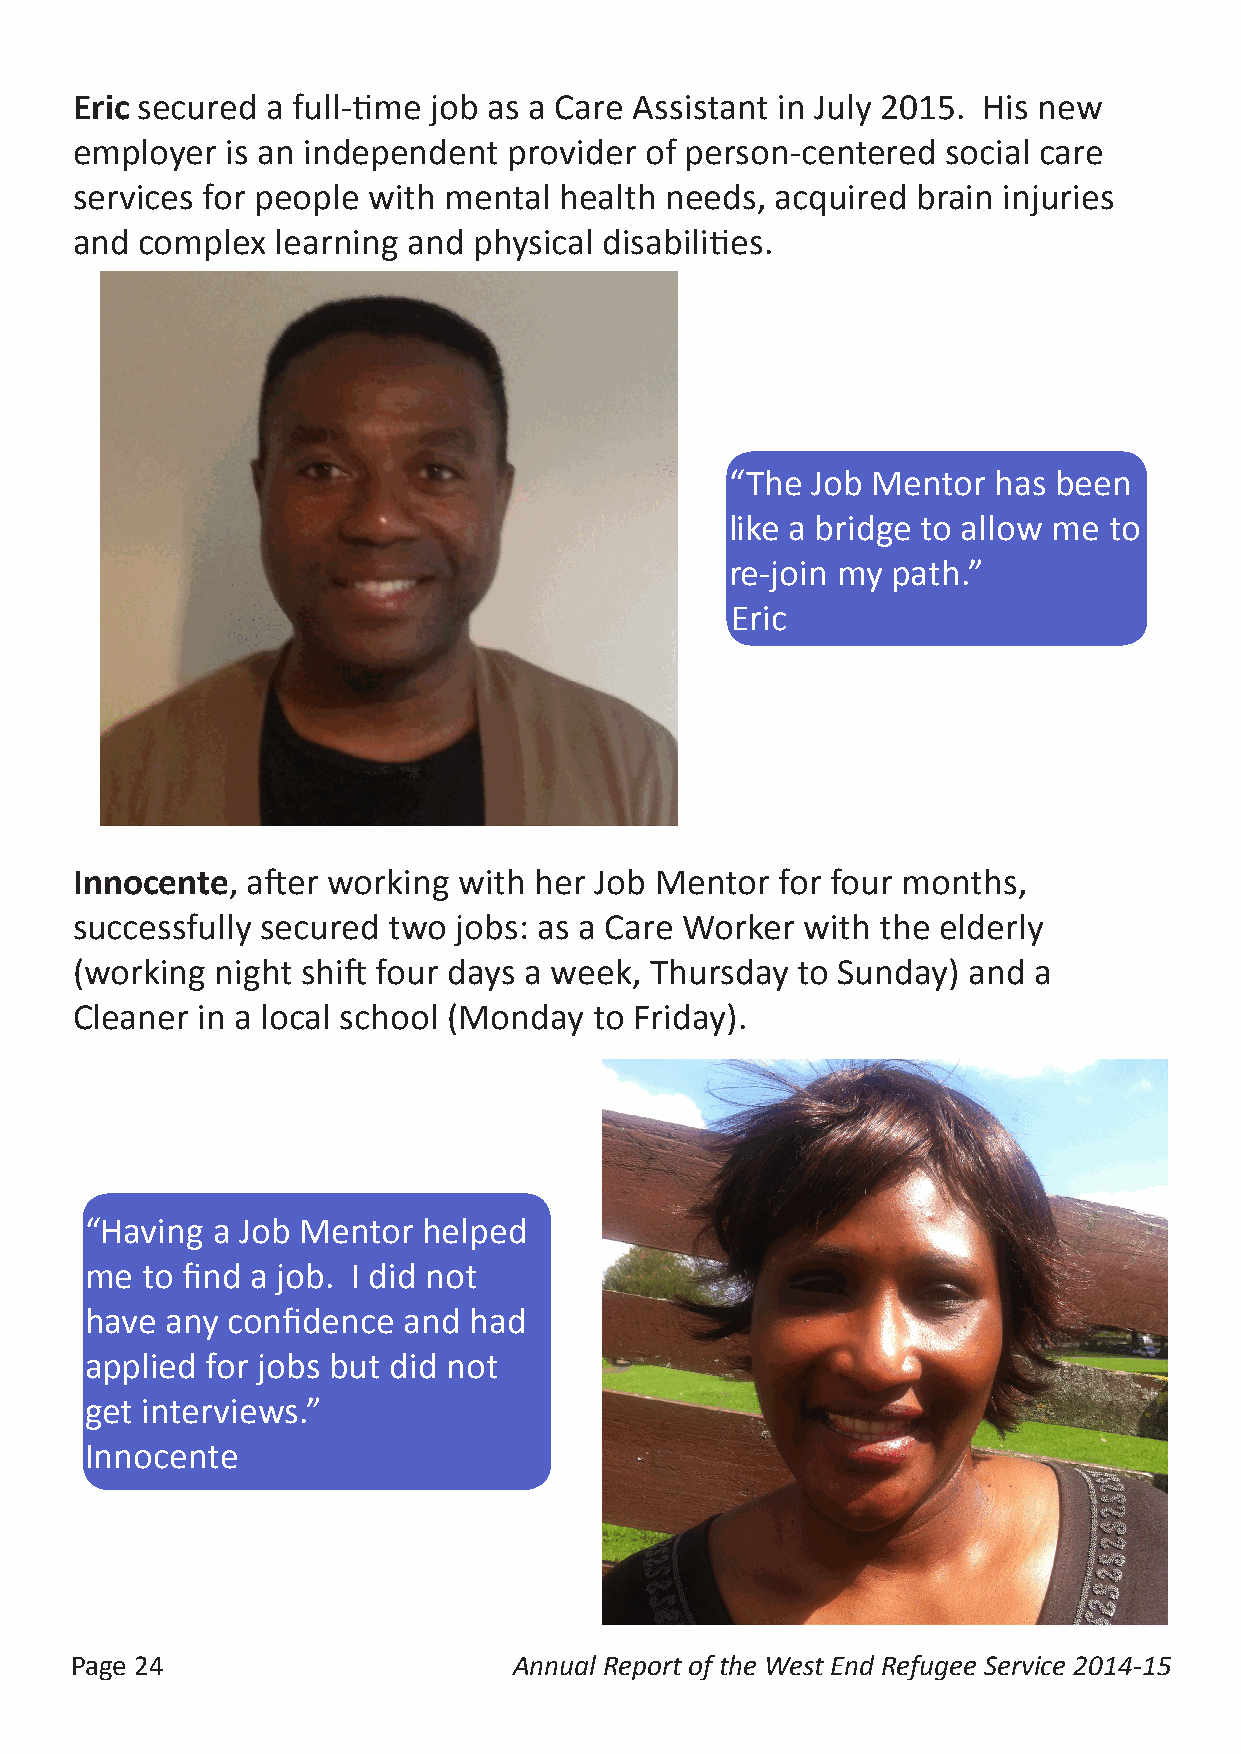
Eric secured a full-time job as a Care Assistant in July 2015. His new
 employer  is an independent  provider of person-centered  social care
 services for people with mental health needs, acquired  brain injuries
 and complex  learning and physical disabilities.
 “The  Job Mentor  has been
 like a bridge to allow me to
 re-join my path.”
 Eric
 Innocente, after working with her Job Mentor   for four months,
 successfully secured two jobs: as a Care Worker with the elderly
 (working night shift four days a week, Thursday to Sunday) and a
 Cleaner in a local school (Monday to Friday).
 “Having a Job Mentor  helped
 me to find a job. I did not
 have any confidence  and had
 applied for jobs but did not
 get interviews.”
 Innocente
 Page 24                      Annual Report of the West End Refugee Service 2014-15